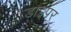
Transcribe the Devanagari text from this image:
डाइपर